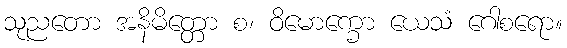
သုညတော အနိမိတ္တော စ၊ ဝိမောက္ခော ယေသံ ဂေါစရော။